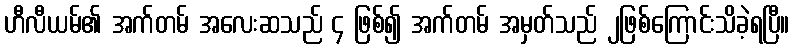
ဟီလီယမ်၏ အက်တမ် အလေးဆသည် ၄ ဖြစ်၍ အက်တမ် အမှတ်သည် ၂ဖြစ်ကြောင်းသိခဲ့ရပြီ။